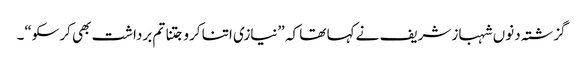
گزشتہ دنوں شہباز شریف نے کہا تھا کہ ”نیازی اتنا کرو جتنا تم برداشت بھی کرسکو“۔